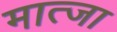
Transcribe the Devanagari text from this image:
मात्जा